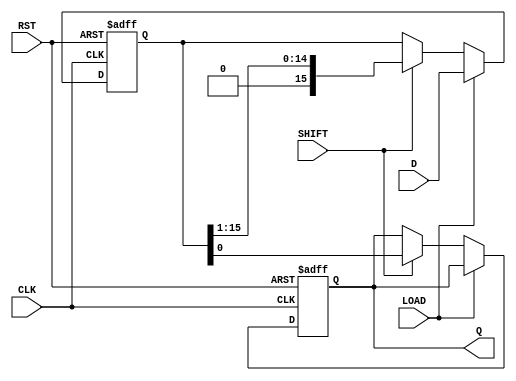
module PISO_Register (
    input wire [15:0] D,      // 16-bit parallel input
    input wire LOAD,          // Load control signal
    input wire SHIFT,         // Shift control signal
    input wire CLK,           // Clock signal
    input wire RST,           // Asynchronous reset signal
    output reg Q              // Serial output
);

    reg [15:0] shift_reg;     // Internal shift register

    always @(posedge CLK or posedge RST) begin
        if (RST) begin
            shift_reg <= 16'b0; // Clear the register on reset
            Q <= 1'b0;          // Clear the output
        end else begin
            if (LOAD) begin
                shift_reg <= D;  // Load data into the shift register
            end else if (SHIFT) begin
                Q <= shift_reg[0]; // Output the LSB
                shift_reg <= {1'b0, shift_reg[15:1]}; // Shift right
            end
        end
    end

endmodule